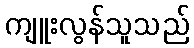
ကျူးလွန်သူသည်